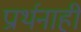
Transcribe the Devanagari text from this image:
प्रार्थनाही